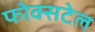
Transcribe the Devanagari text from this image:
फोक्सटेल